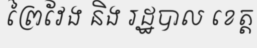
ព្រៃវែង និង រដ្ឋបាល ខេត្ត